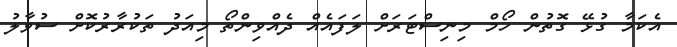
އެކަމާ ގުޅޭ ގޮތުން ހޯމް މިނިސްޓަރަށް ލަފައެއް ދެއްވިންތޯ މިއަދު ތަކުރާރުކޮށް ސުވާލު